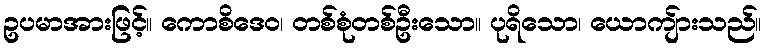
ဥပမာအားဖြင့်။ ကောစိဒေဝ၊ တစ်စုံတစ်ဦးသော။ ပုရိသော၊ ယောကျ်ားသည်။